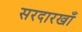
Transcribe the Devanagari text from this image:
सरदारखाँ